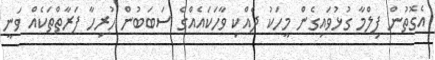
އެގޮތުން ފިލްމާ ގުޅުވައިގެން މީހަކު ދެއްކި ވާހަކައެއްގެ ސަބަބުން ހުރިހާ ފަރާތްތަކެއް ވަނީ